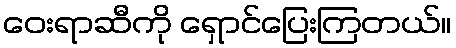
ဝေးရာဆီကို ရှောင်ပြေးကြတယ်။